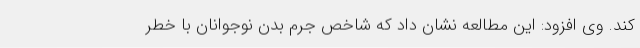
کند. وی افزود: این مطالعه نشان داد که شاخص جرم بدن نوجوانان با خطر